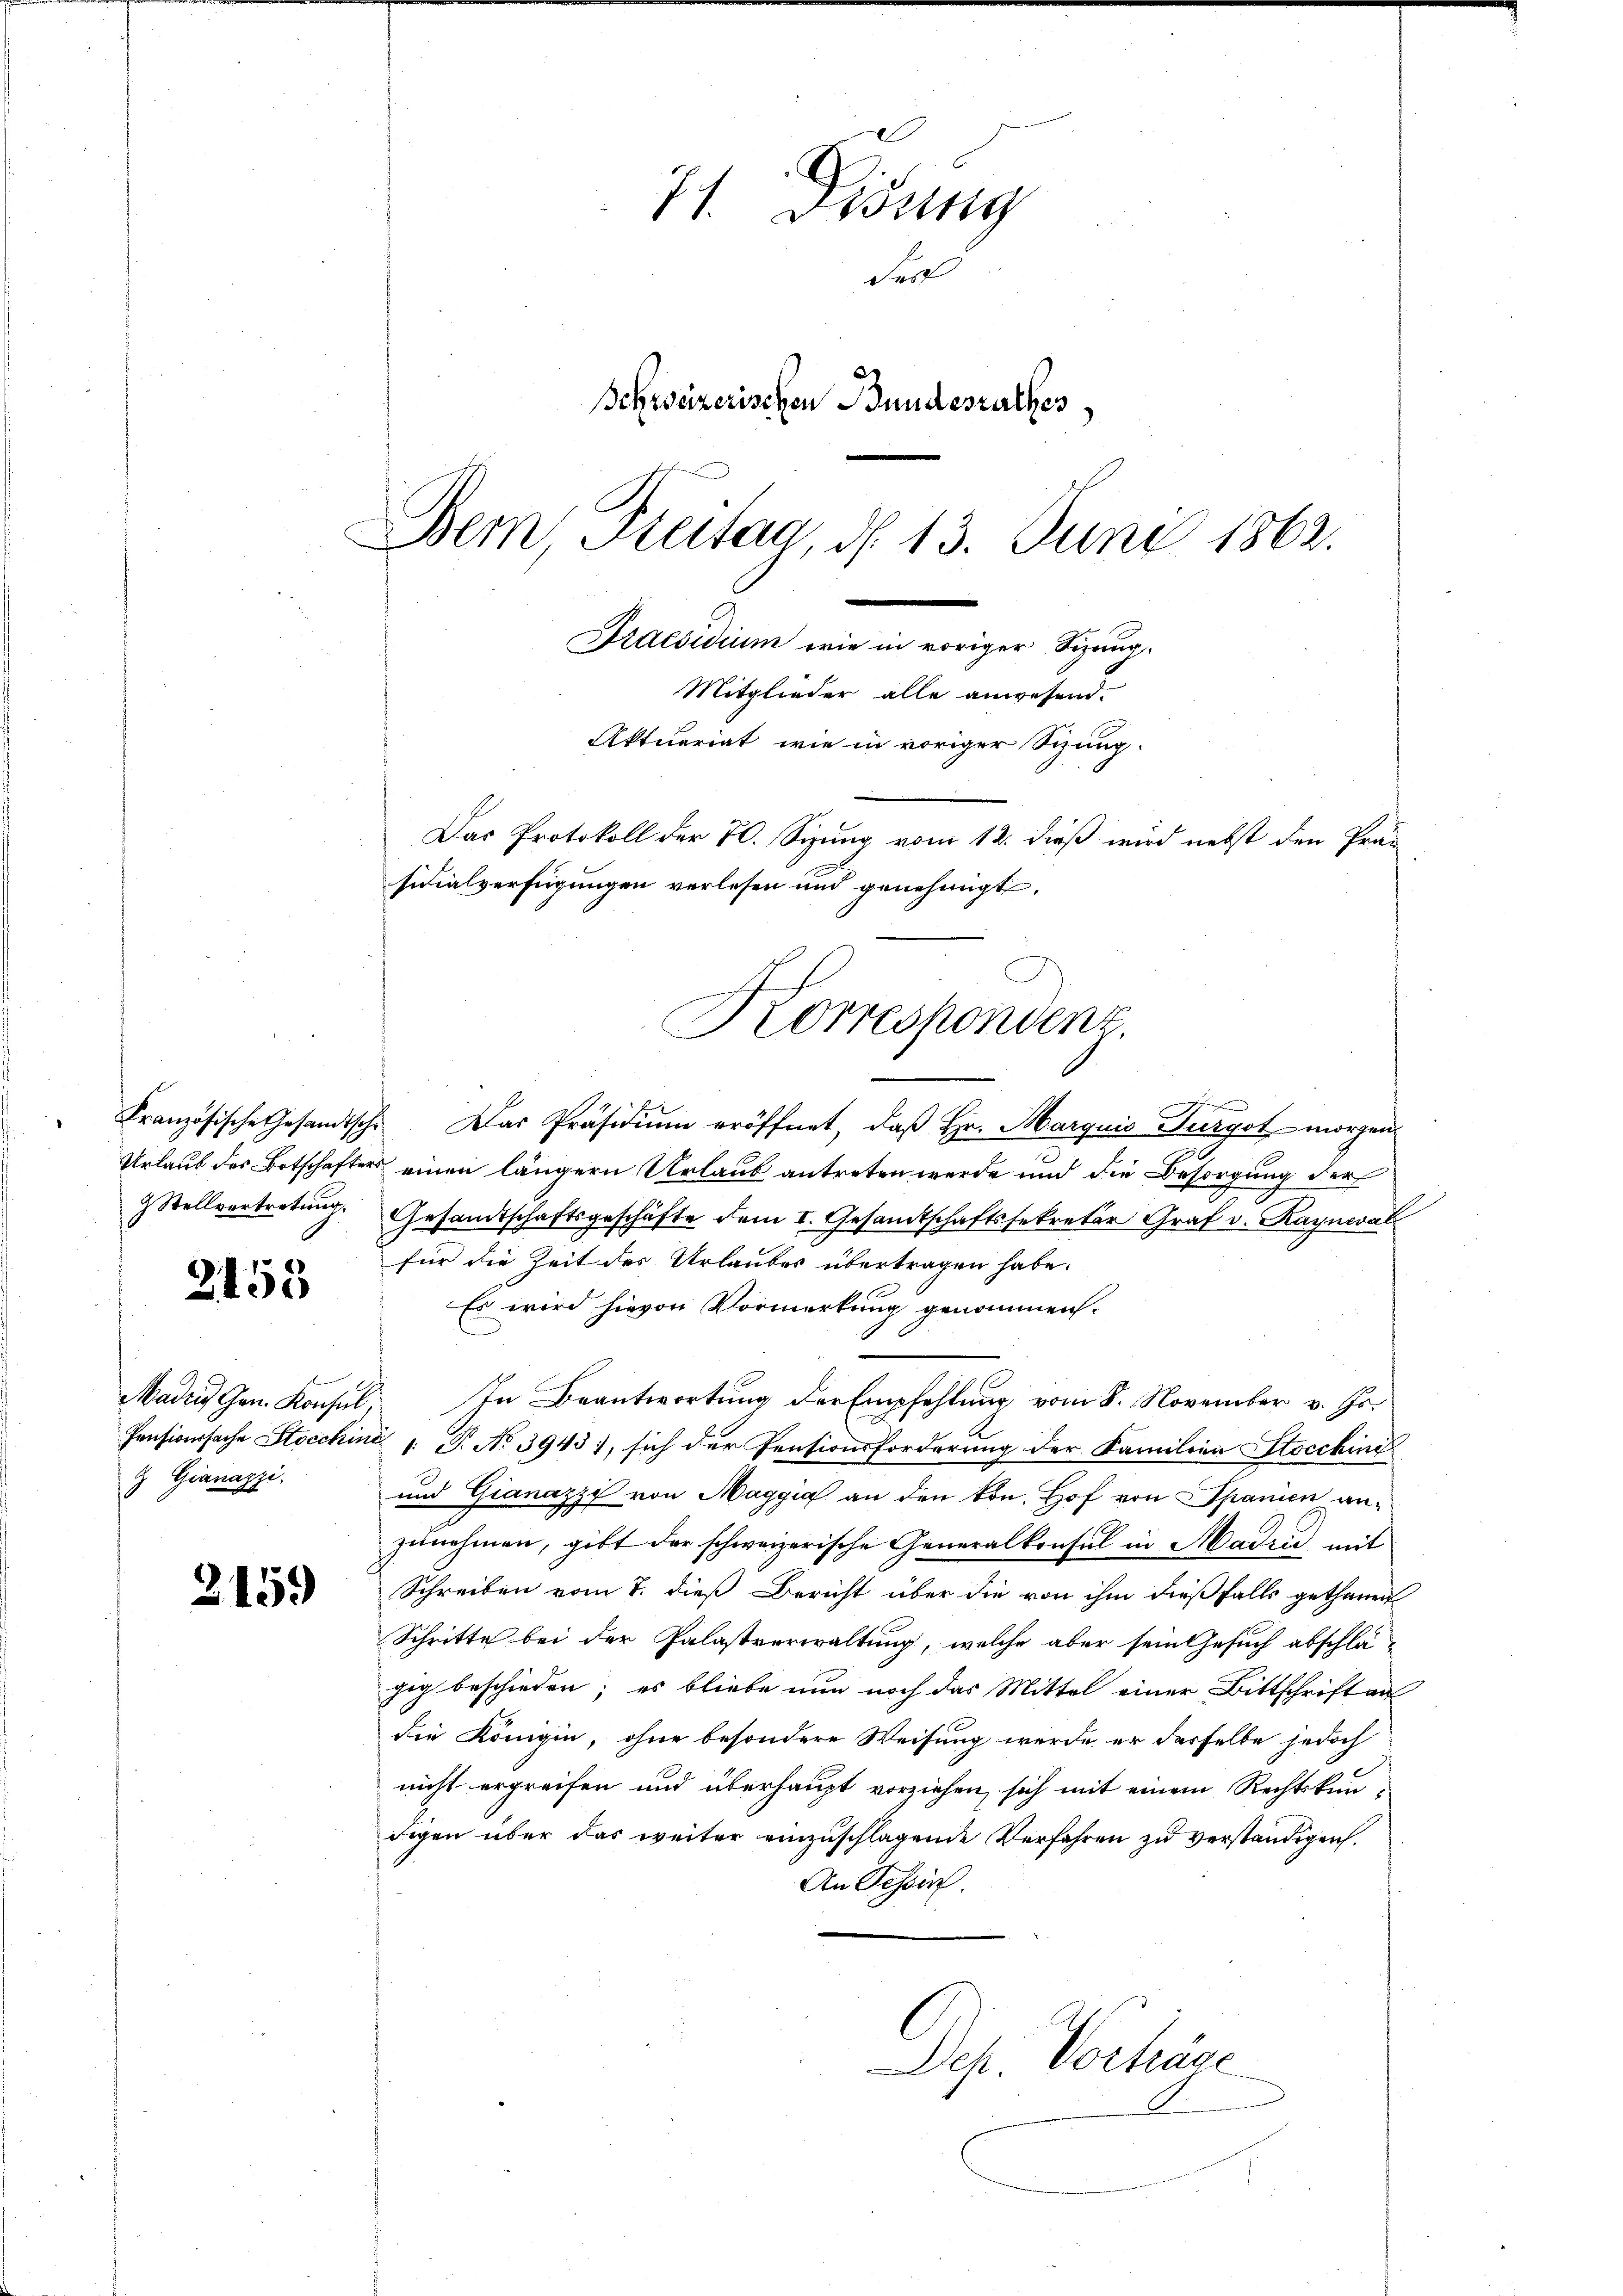
Französische Gesandtsche
Urlaub des Botschafter
& Stellvertretung.

2153

Maden Gen. Konsul
Pensionsfache Stocchin
 Gianazzi.

215.

71. Disung
Fer
Schweizerischen Bundesrathes
Dem Steitag, d. 13. Juni 1862.
.
Praesidium wie in voriger Sizung.

Mitglieder alle anwesend.
Aktuariat wie in voriger Sizung.
Das Protokoll der 70. Sizung vom 12. dieß wird nebst den Präsidialverfügungen verlesen und genehmigt.

Korrespondenz

Das Präsidium eröffnet, daß Hr. Marquis Turgot morgen
einen längern Urlaub antreten werde und die Besorgung der
Gesamtschaftsgeschäfte dem I. Gesandtschaftssekretär Graf v. Kaynwal
für die Zeit des Urlaubes übertragen habe.
Es wird hievon Vormerkung genommen.
In Beantwortung der Empfehlung vom 8. November v. Js.
21. No 3943), sich der Pensionsforderung der Familien Stocching
und Gianazzi von Maggia an den kon. Hof von Spanien anzŭnehmen, gibt der schweizerische Generalkonsul in Madri mit
Schreiben vom 7. dieß Bericht über die von ihm dießfalls gethanen
Schritte bei der Palastverwaltung, welche aber sein Gesuch abschlä
gig beschieden; es bliebe nun noch das Mittel einer Bittschrift an
die Königin, ohne besondere Weisung werde er desselbe jedoch
nicht ergreifen und überhaupt vorziehen, sich mit einem Rechtskun-
digen über das weiter einzuschlagende Verfahren zu verständigen.
An Tessin.
Des Vorträge